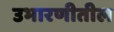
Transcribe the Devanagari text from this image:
उभारणीतील